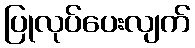
ပြုလုပ်ပေးလျက်